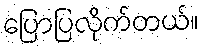
ပြောပြလိုက်တယ်။